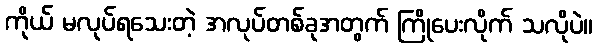
ကိုယ် မလုပ်ရသေးတဲ့ အလုပ်တစ်ခုအတွက် ကြိုပေးလိုက် သလိုပဲ။